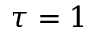
\tau = 1